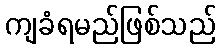
ကျခံရမည်ဖြစ်သည်